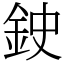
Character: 鉂